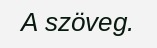
A szöveg.